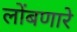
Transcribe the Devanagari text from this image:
लोंबणारे